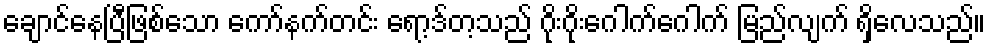
ချောင်နေပြီဖြစ်သော ကော်နက်တင်း ရော့ဒ်တ့သည် ဂိုးဂိုးဂေါက်ဂေါက် မြည်လျက် ရှိလေသည်။